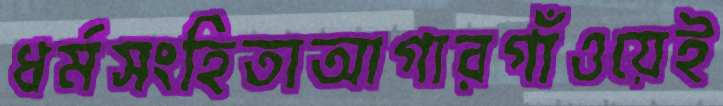
ধর্মসংহিতাআগারগাঁওয়েই